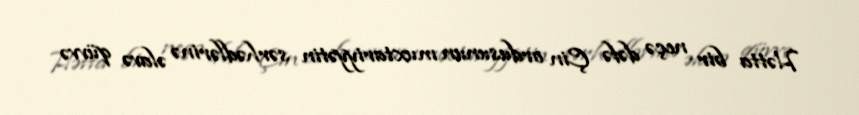
Hətta bir neçə dəfə Çin ordusunun muxtariyyətin sərhədlərinə əlavə qüvvə